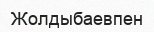
Жолдыбаевпен